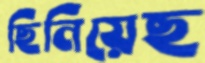
ছিনিয়েছ